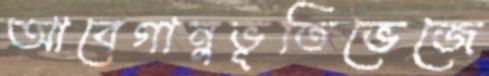
আবেগানুভূতিভেজে